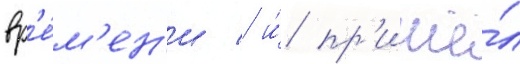
вр'е́м'ен'и / и́ пр'ишё́л